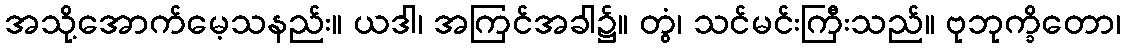
အသို့အောက်မေ့သနည်း။ ယဒါ၊ အကြင်အခါ၌။ တွံ၊ သင်မင်းကြီးသည်။ ဗုဘုက္ခိတော၊